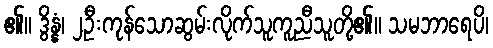
၏။ ဒွိန္နံ၊ ၂ဦးကုန်သောဆွမ်းလိုက်သူကူညီသူတို့၏။ သမဘာရေပိ၊